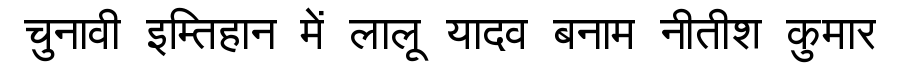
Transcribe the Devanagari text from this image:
चुनावी इम्तिहान में लालू यादव बनाम नीतीश कुमार